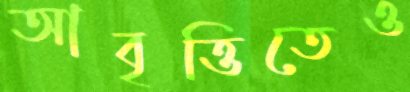
আবৃত্তিতেও